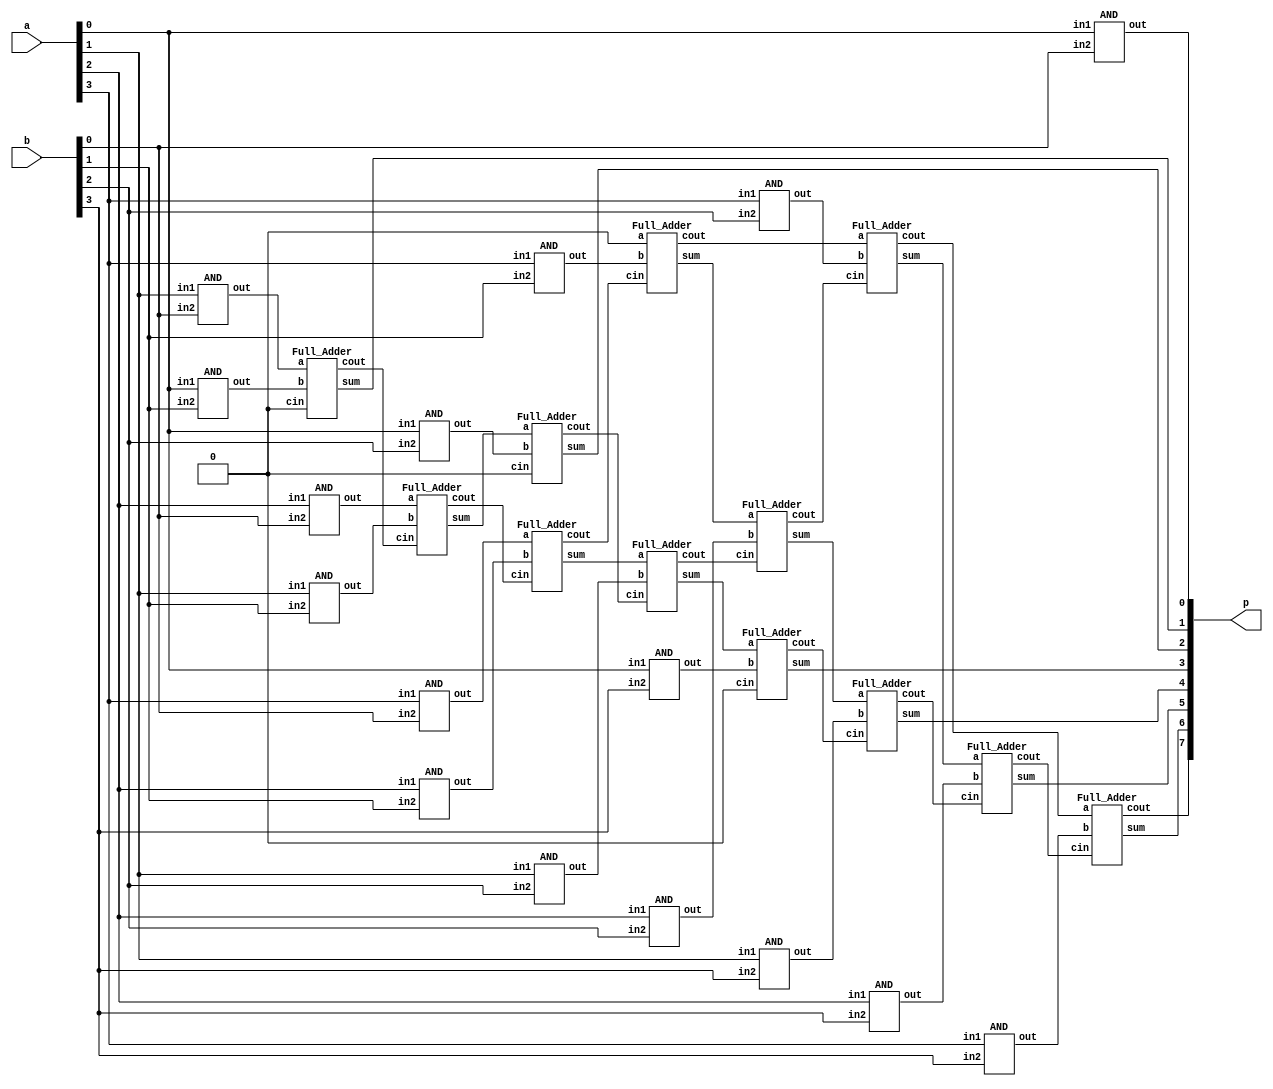
`timescale 1ns/1ps

module Multiplier_4bit(a, b, p);
input [3:0] a, b;
output [7:0] p;
wire w6;
wire [1:0] w1,w5;
wire [2:0] w2;
wire [3:0] w3,w4;
wire p2_cin,p3_cin_1,p3_cin_2,p4_cin_1,p4_cin_2,p4_cin_3,p5_cin_1,p5_cin_2,p5_cin_3,p6_cin_1,p6_cin_2;
wire sum_p2_1,sum_p3_1,sum_p3_2,sum_p4_1,sum_p4_2,sum_p5_1;

AND And_p0_1(p[0],a[0],b[0]); //generate p0

AND And_p1_1(w1[0],a[1],b[0]); //generate p1
AND And_p1_2(w1[1],a[0],b[1]);
Full_Adder FA_p1_1(w1[0],w1[1],1'b0,p2_cin,p[1]);

AND And_p2_1(w2[0],a[2],b[0]); //generate p2
AND And_p2_2(w2[1],a[1],b[1]);
AND And_p2_3(w2[2],a[0],b[2]);
Full_Adder FA_p2_1(w2[0],w2[1],p2_cin,p3_cin_1,sum_p2_1);
Full_Adder FA_p2_2(sum_p2_1,w2[2],1'b0,p3_cin_2,p[2]);

AND And_p3_1(w3[0],a[3],b[0]); //generate p3
AND And_p3_2(w3[1],a[2],b[1]);
AND And_p3_3(w3[2],a[1],b[2]);
AND And_p3_4(w3[3],a[0],b[3]);
Full_Adder FA_p3_1(w3[0],w3[1],p3_cin_1,p4_cin_1,sum_p3_1);
Full_Adder FA_p3_2(sum_p3_1,w3[2],p3_cin_2,p4_cin_2,sum_p3_2);
Full_Adder FA_p3_3(sum_p3_2,w3[3],1'b0,p4_cin_3,p[3]);

AND And_p4_1(w4[0],a[3],b[1]);  //generate p4
AND And_p4_2(w4[1],a[2],b[2]);
AND And_p4_3(w4[2],a[1],b[3]);
Full_Adder FA_p4_1(1'b0,w4[0],p4_cin_1,p5_cin_1,sum_p4_1);
Full_Adder FA_p4_2(sum_p4_1,w4[1],p4_cin_2,p5_cin_2,sum_p4_2);
Full_Adder FA_p4_3(sum_p4_2,w4[2],p4_cin_3,p5_cin_3,p[4]);

AND And_p5_1(w5[0],a[3],b[2]); //generate p5
AND And_p5_2(w5[1],a[2],b[3]);
Full_Adder FA_p5_1(p5_cin_1,w5[0],p5_cin_2,p6_cin_1,sum_p5_1);
Full_Adder FA_p5_2(sum_p5_1,w5[1],p5_cin_3,p6_cin_2,p[5]);

AND And_p6_1(w6,a[3],b[3]);
Full_Adder FA_p6_1(p6_cin_1,w6,p6_cin_2,p[7],p[6]);

endmodule



module universal_gate(out,in1,in2);
input in1,in2;
output out;
wire w;
not NOT(w,in2);
and AND(out,in1,w);
endmodule


module NOT(out,in);
input in;
output out;
universal_gate G1(out,1'b1,in);
endmodule

module AND(out,in1,in2);
input in1,in2;
output out;
wire w;
NOT Not1(w,in2);
universal_gate G1(out,in1,w);
endmodule

module OR(out, in1,in2);
input in1,in2;
output out;
wire [1:0]w;

NOT N1(w[0],in1);
universal_gate G1(w[1],w[0],in2);
NOT N2(out,w[1]);
endmodule




module Full_Adder (a, b, cin, cout, sum);
input a, b, cin;
output cout, sum;

wire ncin;
wire ncout;
wire w;

NOT not1(ncin,cin);
Majority majority1(a,b,cin,cout);
Majority majority2(a,b,ncin,w);
NOT not2(ncout,cout);
Majority majority3(ncout,cin,w,sum);

endmodule

module Majority(a, b, c, out);
input a, b, c;
output out;

wire [3:0]w;

AND and1(w[0],a,b);
AND and2(w[1],a,c);
AND and3(w[2],b,c);
OR or1(w[3],w[0],w[1]);
OR or2(out,w[3],w[2]);

endmodule